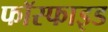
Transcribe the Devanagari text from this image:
फॉस्फाइड